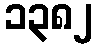
၁၃၈၂